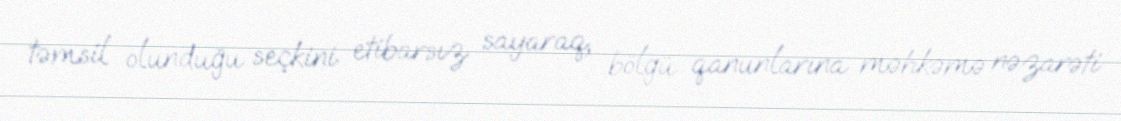
təmsil olunduğu seçkini etibarsız sayaraq, bölgü qanunlarına məhkəmə nəzarəti